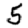
Digit: 5